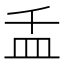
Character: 𰤵